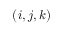
( i , j , k )